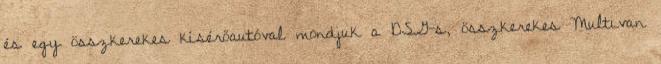
és egy összkerekes kísérőautóval mondjuk a DSG-s, összkerekes Multivan